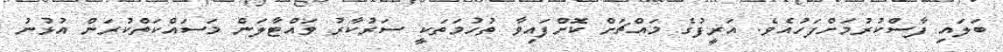
ބަލަައި ފާސްކުރުމަށްފަހުއެވެ. އަރީފުގެ މައްޗަށް ކޮށްފައިވާ ތުހުމަތަކީ ސަރުކާރު ވައްޓާލަން މަސައްކަތްކުރަން އުޅުނު